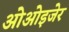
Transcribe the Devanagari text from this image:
ओओइजेर